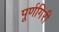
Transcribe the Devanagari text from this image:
पूर्णगिरी